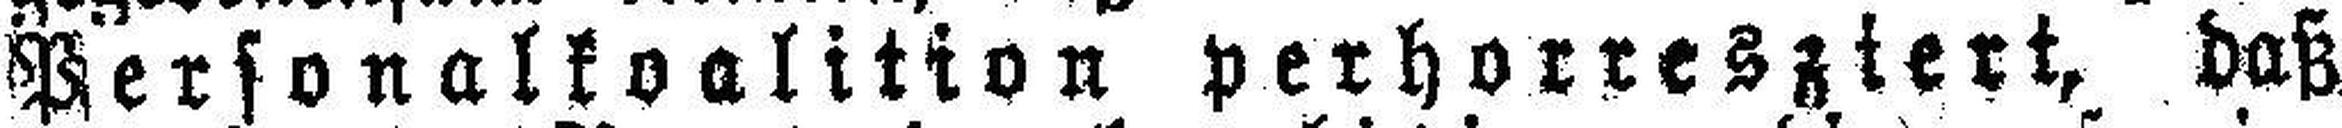
Personalkoalition perhorresziert, daß